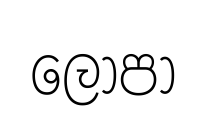
ලොපා